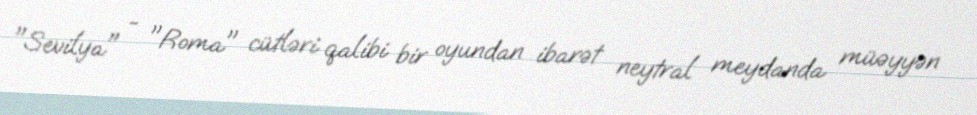
"Sevilya" - "Roma" cütləri qalibi bir oyundan ibarət neytral meydanda müəyyən